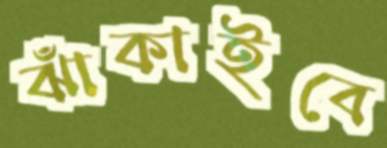
ঝাঁকাইবে